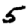
Digit: 5